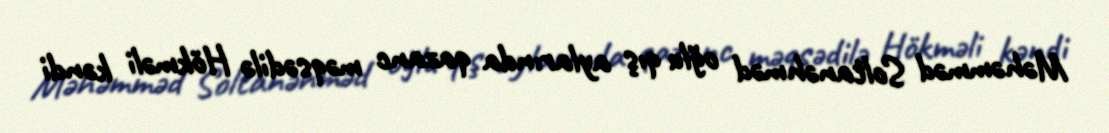
Məhəmməd Soltanəhməd oğlu qış aylarında qazanc məqsədilə Hökməli kəndi